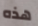
هذه